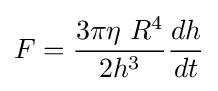
F={\frac {3\pi \eta \ R^{4}}{2h^{3}}}{\frac {dh}{dt}}